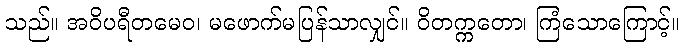
သည်။ အဝိပရီတမေဝ၊ မဖောက်မပြန်သာလျှင်။ ဝိတက္ကတော၊ ကြံသောကြောင့်။